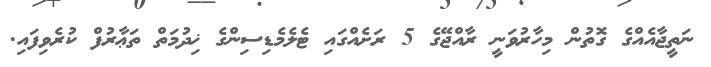
ނަތީޖާއެއްގެ ގޮތުން މިހާރުވަނީ ރާއްޖޭގެ 5 ރަށެއްގައި ޓެލެމެޑިސިންގެ ޚިދުމަތް ތަޢާރުފް ކުރެވިފައި.